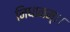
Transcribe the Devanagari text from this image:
निधानम्।।